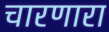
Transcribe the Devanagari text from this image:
चारणारा